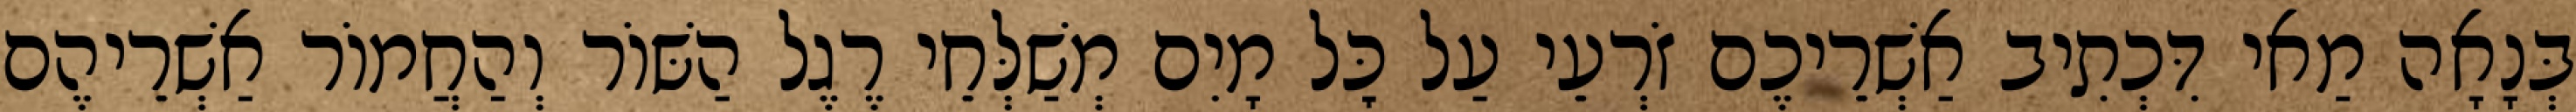
בְּנָאָה מַאי דִּכְתִיב אַשְׁרֵיכֶם זֹרְעֵי עַל כׇּל מָיִם מְשַׁלְּחֵי רֶגֶל הַשּׁוֹר וְהַחֲמוֹר אַשְׁרֵיהֶם